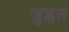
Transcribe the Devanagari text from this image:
जुह्वत